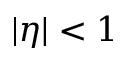
| \eta | < 1